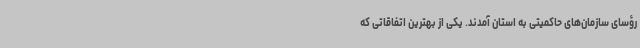
رؤسای سازمان‌های حاکمیتی به استان آمدند. یکی از بهترین اتفاقاتی که